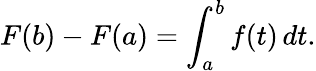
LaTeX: F(b)-F(a)=\int_{a}^{b}f(t)\, dt.